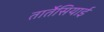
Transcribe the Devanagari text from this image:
तार्तेसियाई